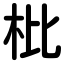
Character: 枇